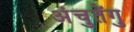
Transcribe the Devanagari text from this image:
अंचुतेंगु